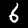
Digit: 6